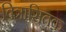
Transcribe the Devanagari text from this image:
वित्रासितक